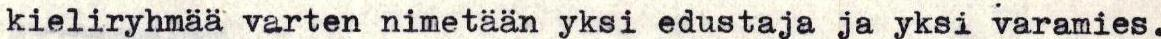
kieliryhmää varten nimetään yksi edustaja ja yksi varamies.